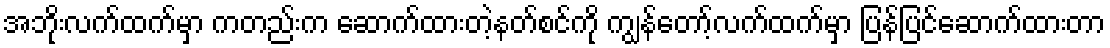
အဘိုးလက်ထက်မှာ ကတည်းက ဆောက်ထားတဲ့နတ်စင်ကို ကျွန်တော့်လက်ထက်မှာ ပြန်ပြင်ဆောက်ထားတာ